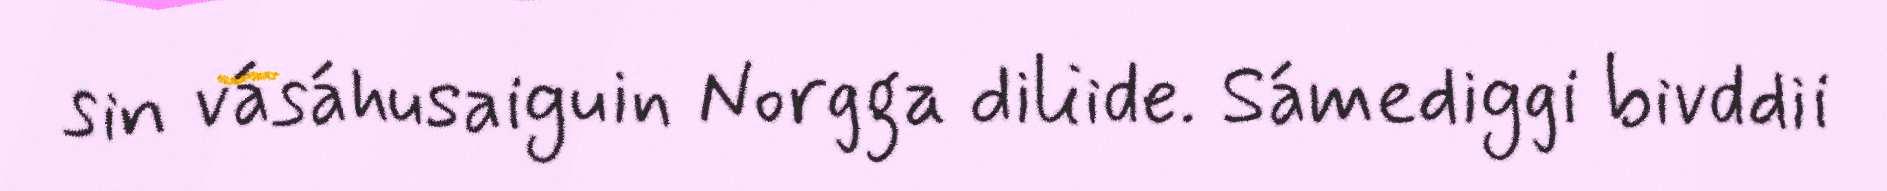
sin vásáhusaiguin Norgga diliide. Sámediggi bivddii